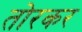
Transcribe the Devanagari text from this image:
तोरकर